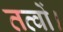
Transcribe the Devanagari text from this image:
तत्वों।